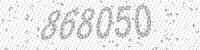
Solution: 868050